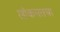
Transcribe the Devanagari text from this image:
लोकमतचा